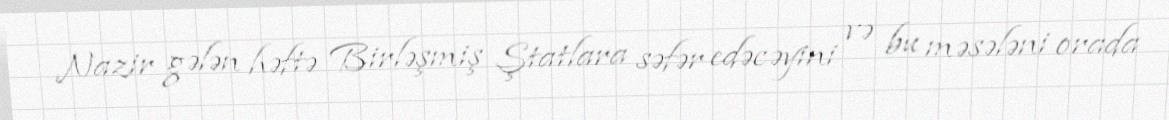
Nazir gələn həftə Birləşmiş Ştatlara səfər edəcəyini və bu məsələni orada